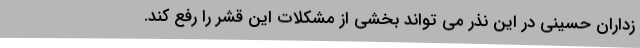
زداران حسینی در این نذر می تواند بخشی از مشکلات این قشر را رفع کند.